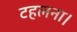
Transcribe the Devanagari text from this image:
टहलना।